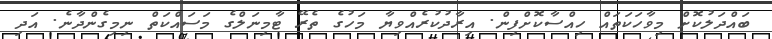
ބައްދަލުކޮށް މިވާހަކަތައް ހިއްސާކޮށްފިން. އިރާދުކުރެއްވިޔާ މަހުގެ ތެރޭ ޓާމިނަލްގެ މަސައްކަތް ނިމިގެންދާނެ. އަދި